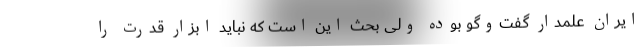
ایران عَلمدار گفت‌وگو بوده ولی بحث این است که نباید ابزار قدرت را